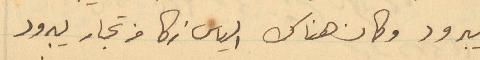
يبرود وكان هناك الياس زكا من تجار يبرود